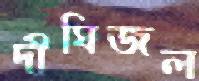
দীঘিজল